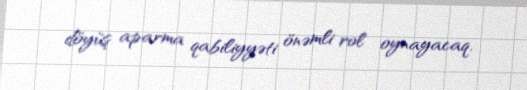
döyüş aparma qabiliyyəti önəmli rol oynayacaq.